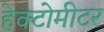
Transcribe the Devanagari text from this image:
हेक्टोमीटर